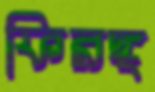
ফিরঙ্গ